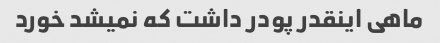
ماهی اینقدر پودر داشت که نمیشد خورد